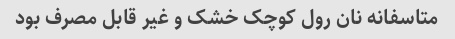
متاسفانه نان رول کوچک خشک و غیر قابل مصرف بود